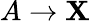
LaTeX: A\rightarrow\mathbf{X}